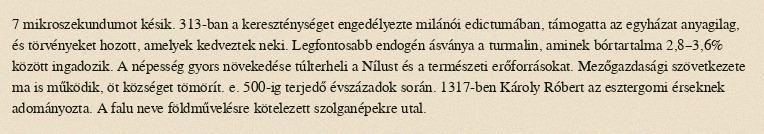
7 mikroszekundumot késik. 313-ban a kereszténységet engedélyezte milánói edictumában, támogatta az egyházat anyagilag, és törvényeket hozott, amelyek kedveztek neki. Legfontosabb endogén ásványa a turmalin, aminek bórtartalma 2,8–3,6% között ingadozik. A népesség gyors növekedése túlterheli a Nílust és a természeti erőforrásokat. Mezőgazdasági szövetkezete ma is működik, öt községet tömörít. e. 500-ig terjedő évszázadok során. 1317-ben Károly Róbert az esztergomi érseknek adományozta. A falu neve földművelésre kötelezett szolganépekre utal.